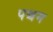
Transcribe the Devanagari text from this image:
पश्चम